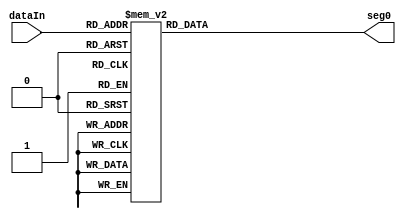
module SSD(dataIn, seg0);
        input [3:0] dataIn;
        output [6:0] seg0;
        reg [6:0] seg0;

        always @(dataIn) begin
                seg0 = 7'b0;
                case(dataIn)
                        4'd0 : {seg0[6]} = 1'b1;
                        4'd1 : {seg0 [6:3], seg0[0]} = 5'b1_1111;
                        4'd2 : {seg0[5], seg0[2]} = 2'b11;
                        4'd3 : {seg0[5:4]} = 2'b11;
                        4'd4 : {seg0[4:3], seg0[0]} = 3'b111;
                        4'd5 : {seg0[4], seg0[1]} = 2'b11;
                        4'd6 : {seg0[1]} = 1'b1;
                        4'd7 : {seg0[6:3]} = 4'b1111;
                        4'd9 : {seg0[4]} = 1'b1;
                        4'd10: {seg0[3]} = 1'b1;
                        4'd11: {seg0[1:0]} = 2'b11;
                        4'd12: {seg0[2:1], seg0[6]} = 3'b111;
                        4'd13: {seg0[0], seg0[5]} = 2'b11;
                        4'd14: {seg0[2:1]} = 2'b11;
                        4'd15: {seg0[3:1]} = 3'b111;
                        default: seg0 = 7'b0;
                endcase
        end
        
endmodule